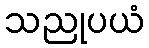
သညုပယံ